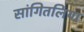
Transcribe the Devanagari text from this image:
सांगितलिया